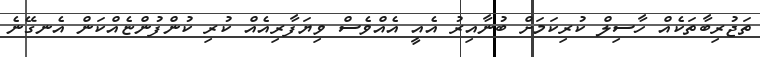
ތަޖުރިބާތަކެއް ހާސިލް ކުރިކަމަށް ބުނާއިރު އެއީ އެއްވެސް ވިޔަފާރިއެއް ކުރި ކުންފުންޏެއްކަން އެނގޭނެ